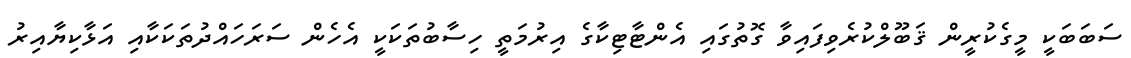
ސަބަބަކީ މީގެކުރީން ޤަބޫލްކުރެވިފައިވާ ގޮތުގައި އެންޓާޓިކާގެ އިރުމަތީ ހިސާބުތަކަކީ އެހެން ސަރަހައްދުތަކަކާއި އަޅާކިޔާއިރު